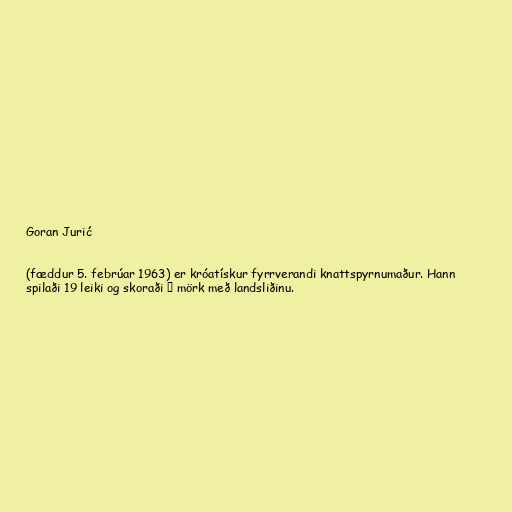
Goran Jurić

(fæddur 5. febrúar 1963) er króatískur fyrrverandi knattspyrnumaður. Hann
spilaði 19 leiki og skoraði 点 mörk með landsliðinu.